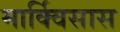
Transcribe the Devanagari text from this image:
मार्क्विसास